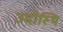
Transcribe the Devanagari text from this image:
उदोस्थि